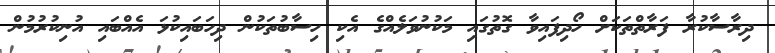
ދިރާސާކުރާ ފަރާތްތަކަށް ހޯދިފައިވާ ގޮތުގައި މަކުނުވަލެއްގެ އެކި ހިސާބުތަކުން ދިހަބައިކުޅަ އެއްބައި އުނިކުރުމުން